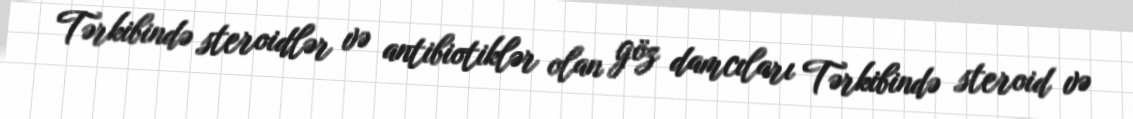
Tərkibində steroidlər və antibiotiklər olan göz damcıları Tərkibində steroid və